Leaving Certificate Examination (including Day School Certificate (Higher) General paper), 1935
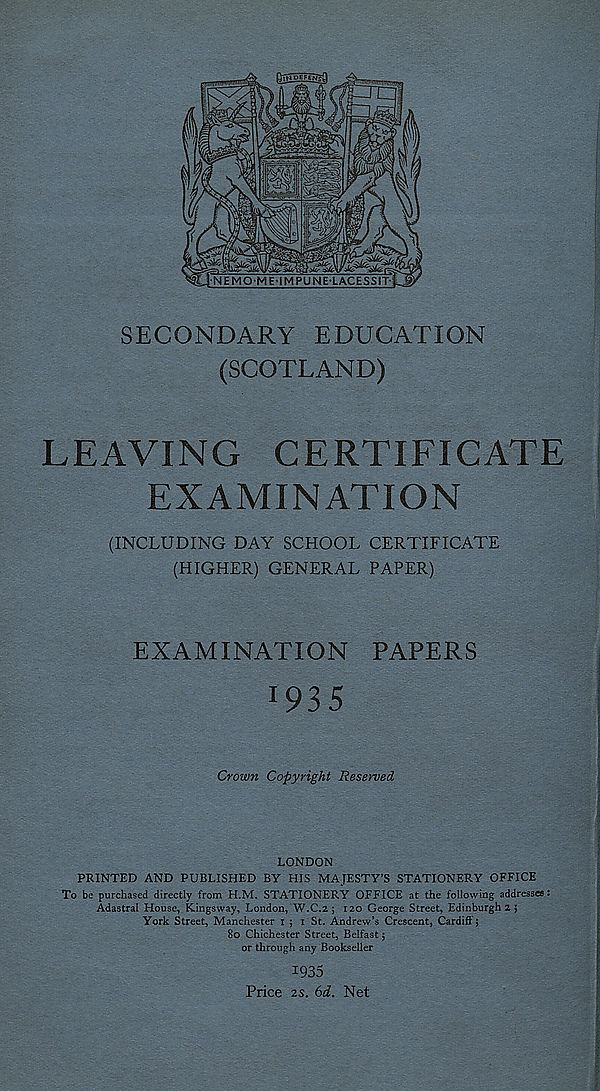
SECONDARY EDUCATION
(SCOTLAND)
LEAVING
CERTIFICATE
EXAMINATION
(INCLUDING DAY SCHOOL CERTIFICATE
(HIGHER) GENERAL PAPER)
EXAMINATION PAPERS
1 93 5
Crown Copyright Reserved
LONDON
PRINTED AND PUBLISHED BY HIS MAJESTY’S STATIONERY OFFICE
To be purchased directly from H.M. STATIONERY OFFICE at the following addresses:
Adastral House, Kingsway, London, W.C.2 ; 120 George Street, Edinburgh 2 }
York Street, Manchester 15 1 St. Andrew’s Crescent, Cardiff;
80 Chichester Street, Belfast;
or through any Bookseller
1935
Price as. 6d. Net